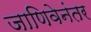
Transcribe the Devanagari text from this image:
जाणिवेनंतर